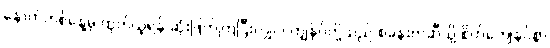
နောက်တစ်နေ့မှ ထုတ်ယူရန် ဆုံးဖြတ်ကြပြီးလျှင်၊ ကျွန်ုပ်တို့သည် စခန်းတဲဆီသို့ စိတ်ကျေနပ်စွာ